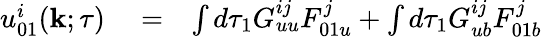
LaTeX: \begin{array}{rlr}{u_{01}^{i}({\mathbf{k}};\tau)}&{{}=}&{\int d\tau_{1}G_{uu}^{ij}F_{01u}^{j}+\int d\tau_{1}G_{ub}^{ij}F_{01b}^{j}}\end{array}